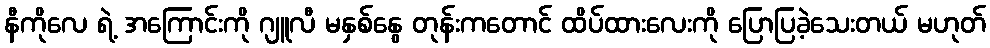
နီကိုလေ ရဲ့ အကြောင်းကို ဂျူလီ မနှစ်နွေ တုန်းကတောင် ထိပ်ထားလေးကို ပြောပြခဲ့သေးတယ် မဟုတ်